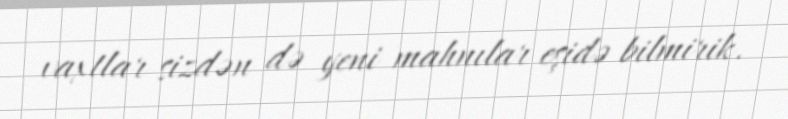
vaxtlar sizdən də yeni mahnılar eşidə bilmirik.